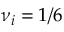
\nu _ { i } = 1 / 6